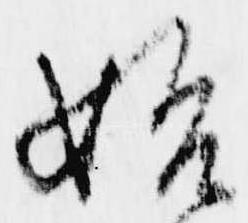
始